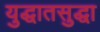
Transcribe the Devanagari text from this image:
युद्धातसुद्धा